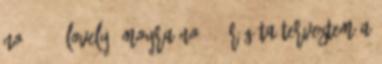
No. 127, Lovely, Moyra No 912 Régóta terveztem a